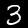
Digit: 3